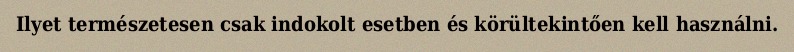
Ilyet természetesen csak indokolt esetben és körültekintően kell használni.